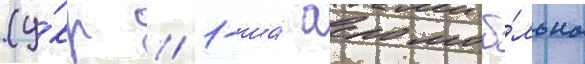
(у́кр // 1-ша́ аеромоб́льна